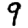
Digit: 9